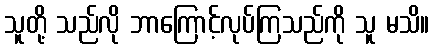
သူတို့ သည်လို ဘာကြောင့်လုပ်ကြသည်ကို သူ မသိ။